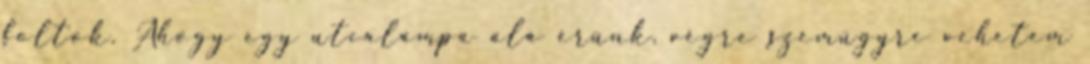
foltok. Ahogy egy utcalámpa alá érünk, végre szemügyre vehetem